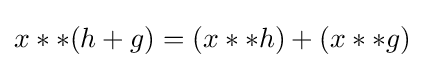
x**(h+g)=(x**h)+(x**g)